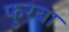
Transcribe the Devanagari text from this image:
फुरबा